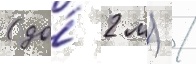
(до́ 2 м) /